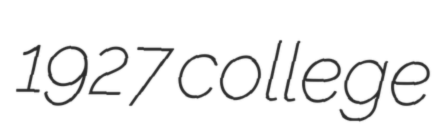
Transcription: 1927 college